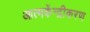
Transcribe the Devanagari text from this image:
आत्मकेंन्द्रीकरण